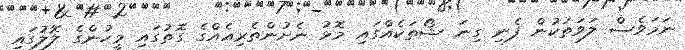
ނަމަވެސް ލަވަތަކުން ފެނި ގިނަ ޝޯތަކެއްގައި މޮޅު ނެށުންތެރިއެއްގެ ގޮތުގައި މީހުންގެ ލޮލުގައި